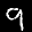
Label: 9